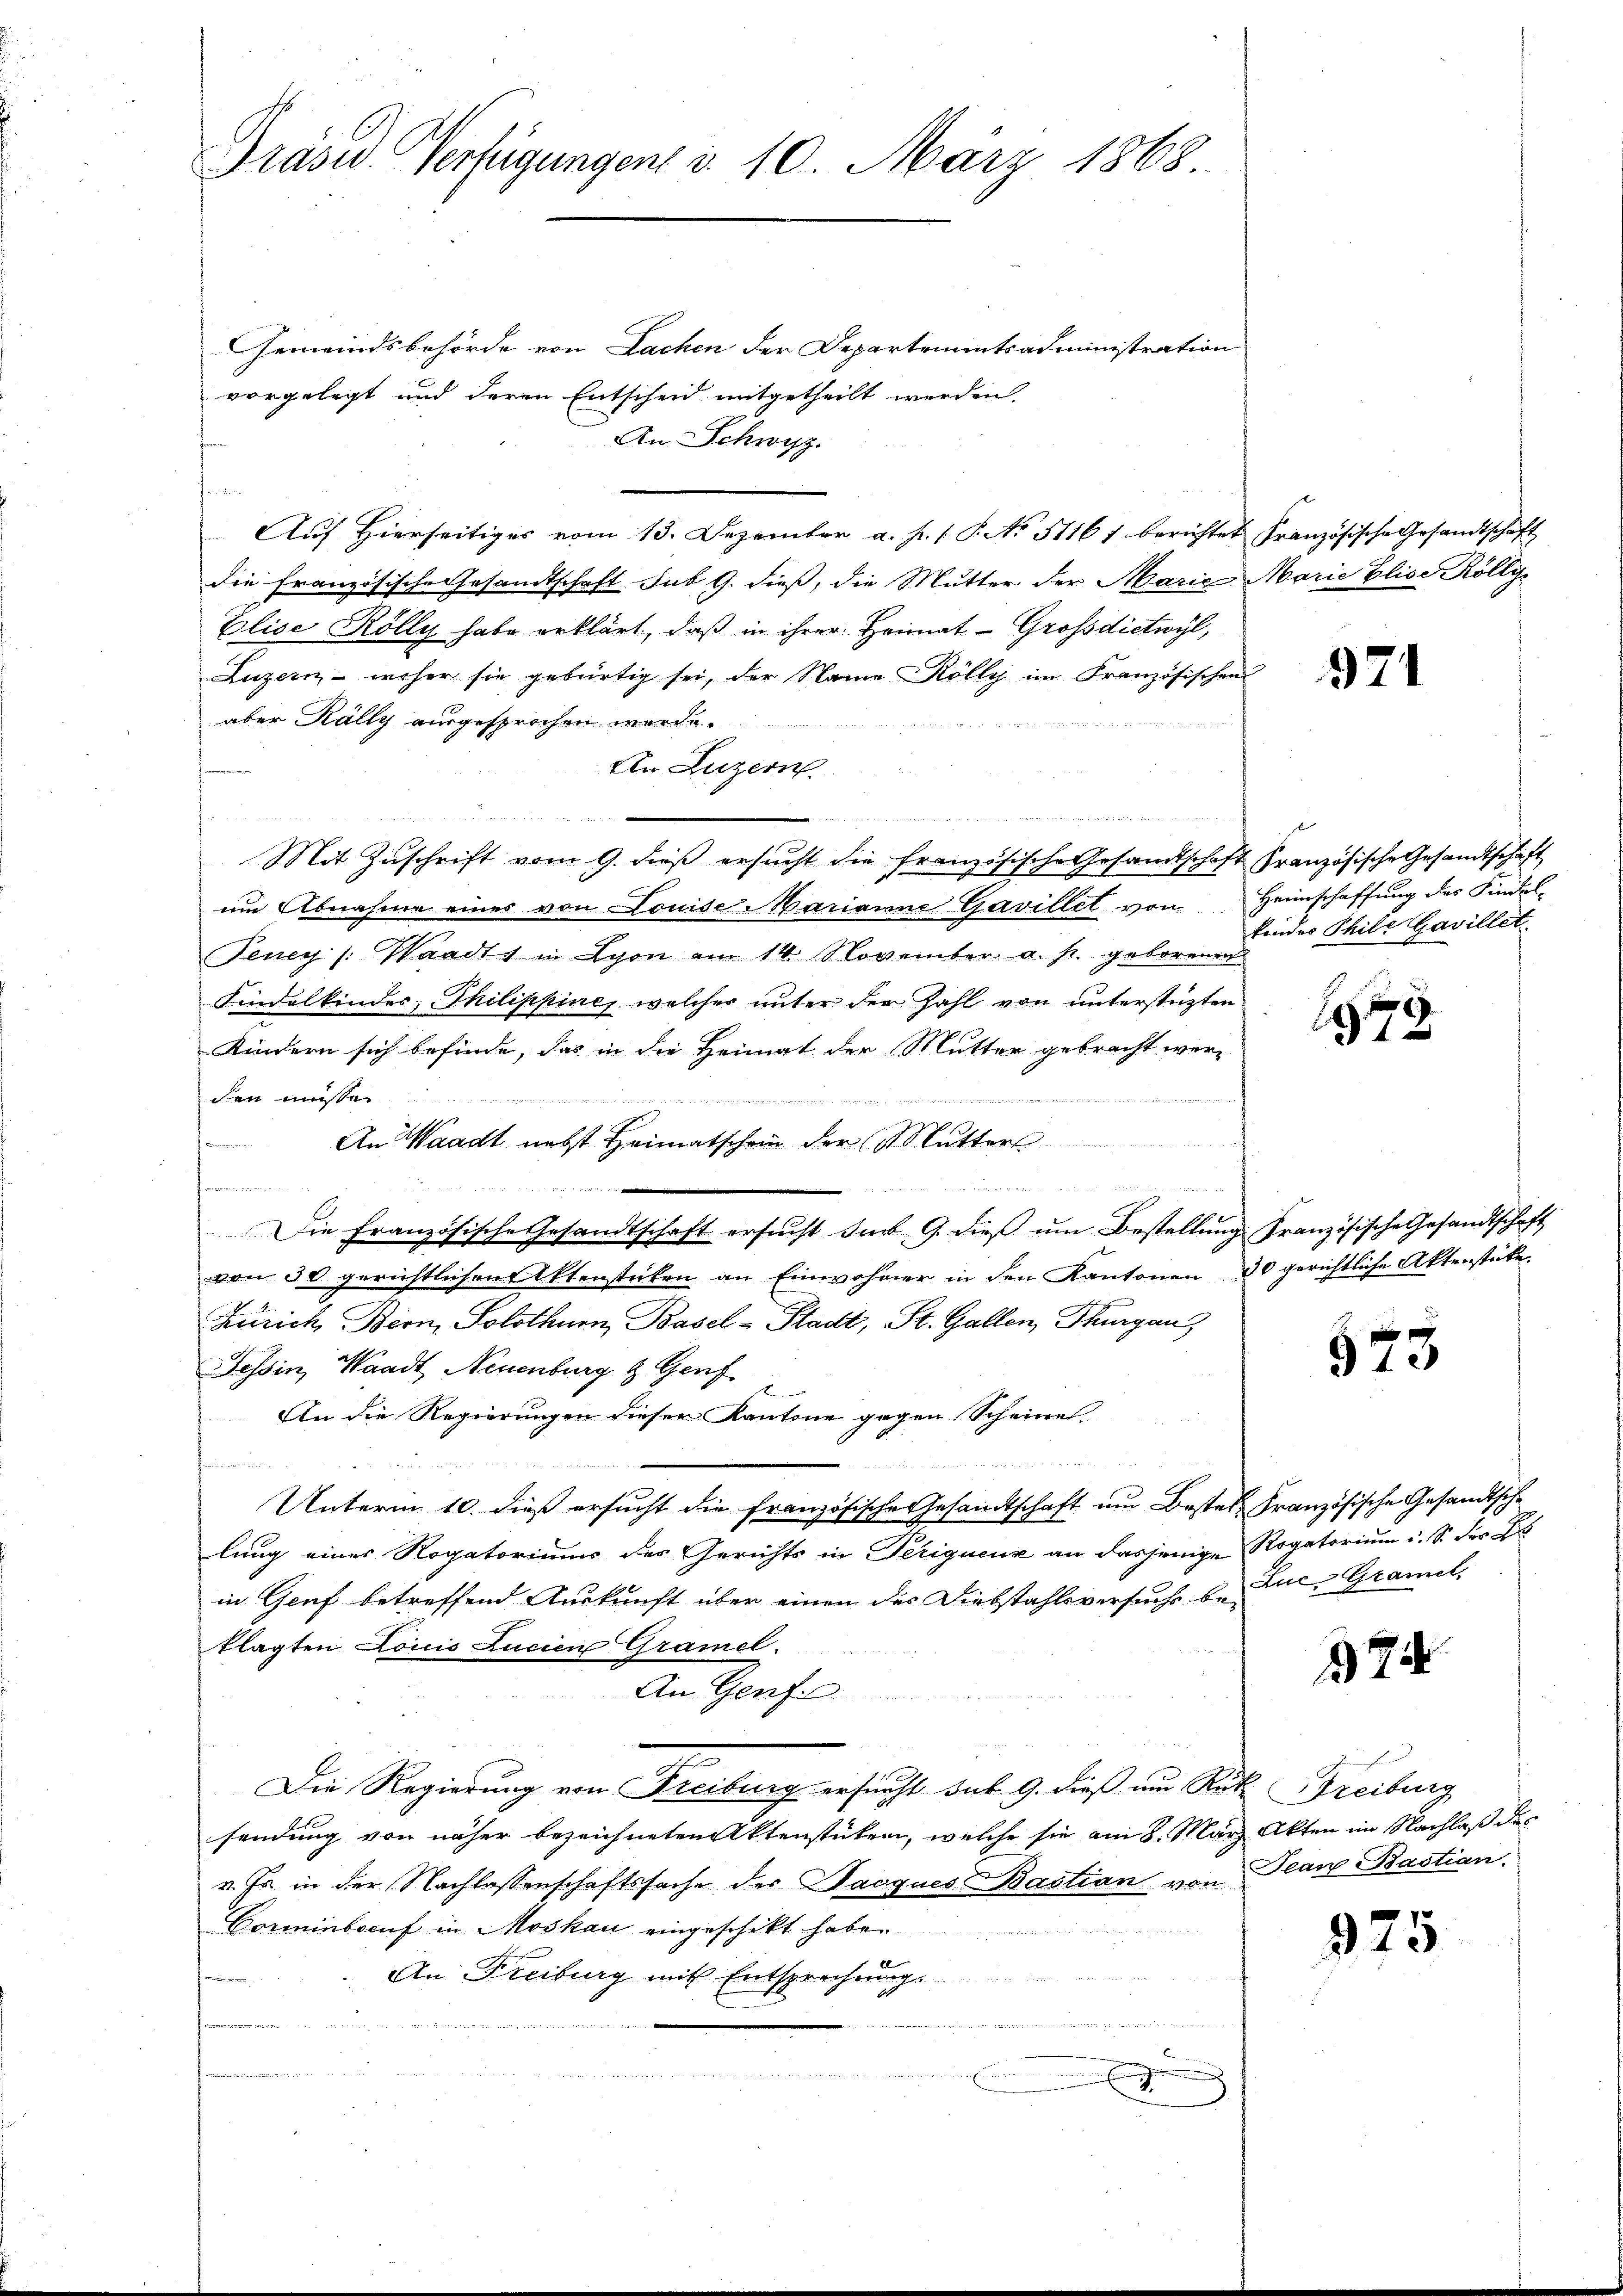
Präsid. Verfügungen d. 10. März 1868.

Gemeindsbehörde von Lachen der Departementsadministration
vorgelegt und deren Entscheid mitgetheilt werden.
An Schwyz.
¬
Auf Hierseitiges vom 13. Dezember a. p. P. No 51161 berichtet Französische Gesandtschaft
die französische Gesandtschaft. sub 9. dieß, die Mutter der Marie Marie Elise Röllis
Elise Kölly habe erklärt, daß in ihrer Heimat - Grossdictwyl,
Luzern - woher sie gebürtig sei, der Name Kölly im Französischen
aber Kally ausgesprochen werde.
An Luzern
 ..  ..  ..  ..  ..
Mit Zŭschrift vom 9. dieβ ersŭcht die französische Gesandtschaft Französische Gesandtschaft
um Abnahme eines von Louise Marianne Gavillet von Heimschaffung des Findel¬
Feney /: Waadt in Lyon am 14. November a. s. geborenen
Findelkindes; Thilippine, welcher unter der Zahl von unterstüzten
Kindern sich befinde, das in die Heimat der Mutter gebracht werden müsse.
 er den an der hohen und einen werde
 de le der der Martie 1te S
en
An Waadt nebst Heimatschein der Mutter
 der a
f. Einsen, in eine an
Die Französische Gesandtschaft ersŭcht sind. G. dieβ ŭm Bestellŭng französische Gesandtschaft
von 30 gerichtlichen Aktenstücken an Einwohner in den Kantonen 30 gerichtliche Aktenstücke
Zürich, Bern, Solothurn, Basel-Stadt, St. Gallen, Thurgaus
Tessin, Waadt, Neuenburg & Genf.
An die Regierungen dieser Kantone gegen Scheine
Unterm 10. dieß ersucht die französische Gesandtschaft um Bestel Französische Gesandtsche
lung einer Rogatoriums des Gerichts in Periquenz an dasjenige Rogatorium u. S. der E
in Genf betreffend Auskunft über einen der Diebstahlsversuchs be- Zue, Gramel
klagten Louis Lucien Gramel
An Genf
Die Regierung von Freiburg ersucht sub 9. dieß um Rüt-
sendung von näher bezeichneten Aktenstücken, welche sie am 8. März
v. Js. in der Nachlassenschaftssache der Jacques Bastian von Jean Bastian
Vorminberuf in Moskau eingeschikt habe.
An Freiburg mit Entsprechung.

dchen den
.

971

kindes Thile Gavillet

1979

973

374

Freiburg
Akten im Nachlaß des

975